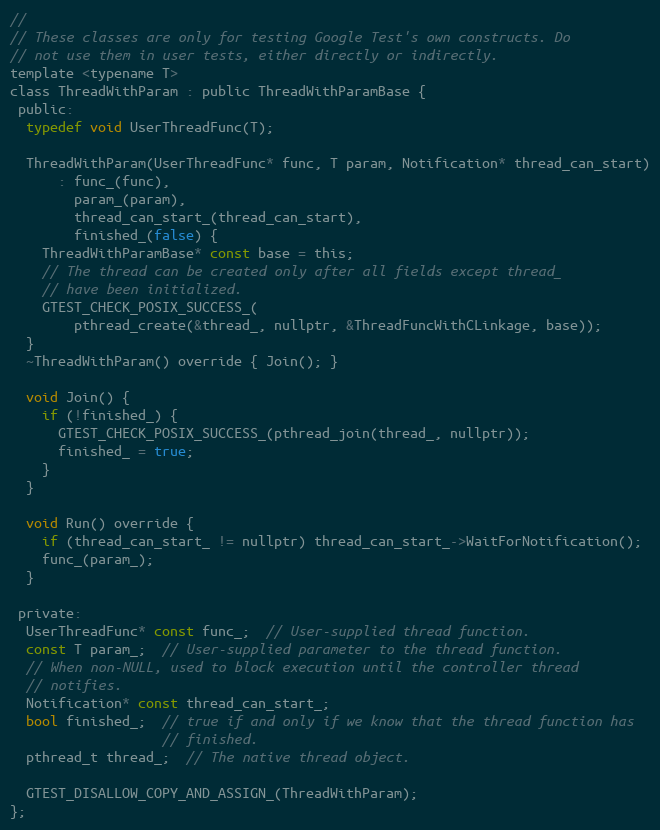
Language: C
//
// These classes are only for testing Google Test's own constructs. Do
// not use them in user tests, either directly or indirectly.
template <typename T>
class ThreadWithParam : public ThreadWithParamBase {
 public:
  typedef void UserThreadFunc(T);

  ThreadWithParam(UserThreadFunc* func, T param, Notification* thread_can_start)
      : func_(func),
        param_(param),
        thread_can_start_(thread_can_start),
        finished_(false) {
    ThreadWithParamBase* const base = this;
    // The thread can be created only after all fields except thread_
    // have been initialized.
    GTEST_CHECK_POSIX_SUCCESS_(
        pthread_create(&thread_, nullptr, &ThreadFuncWithCLinkage, base));
  }
  ~ThreadWithParam() override { Join(); }

  void Join() {
    if (!finished_) {
      GTEST_CHECK_POSIX_SUCCESS_(pthread_join(thread_, nullptr));
      finished_ = true;
    }
  }

  void Run() override {
    if (thread_can_start_ != nullptr) thread_can_start_->WaitForNotification();
    func_(param_);
  }

 private:
  UserThreadFunc* const func_;  // User-supplied thread function.
  const T param_;  // User-supplied parameter to the thread function.
  // When non-NULL, used to block execution until the controller thread
  // notifies.
  Notification* const thread_can_start_;
  bool finished_;  // true if and only if we know that the thread function has
                   // finished.
  pthread_t thread_;  // The native thread object.

  GTEST_DISALLOW_COPY_AND_ASSIGN_(ThreadWithParam);
};